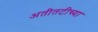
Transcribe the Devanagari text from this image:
अतीतटीच्या